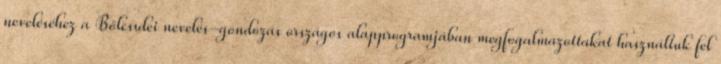
neveléséhez a Bölcsıdei nevelés-gondozás országos alapprogramjában megfogalmazottakat használtuk fel